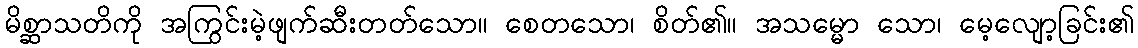
မိစ္ဆာသတိကို အကြွင်းမဲ့ဖျက်ဆီးတတ်သော။ စေတသော၊ စိတ်၏။ အသမ္မော သော၊ မေ့လျော့ခြင်း၏